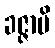
ခဇ္ဇာမိ